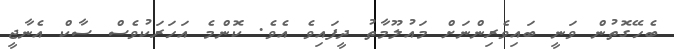
ބެހޭގޮތުން ވަނީ ބައިވެރިންނަށް މައުލޫމާތު ދީފައިވެ އެވެ. ކޮންމެ އަހަރަކުވެސް ސާކް އެނާޖީ